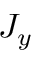
J _ { y }